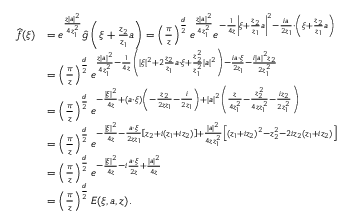
\begin{array} { r l } { \widehat { f } ( \xi ) } & { = e ^ { \frac { z | a | ^ { 2 } } { 4 z _ { 1 } ^ { 2 } } } \hat { g } \left( \xi + \frac { z _ { 2 } } { z _ { 1 } } a \right) = \left( \frac { \pi } { z } \right) ^ { \frac { d } { 2 } } e ^ { \frac { z | a | ^ { 2 } } { 4 z _ { 1 } ^ { 2 } } } e ^ { - \frac { 1 } { 4 z } \left| \xi + \frac { z _ { 2 } } { z _ { 1 } } a \right| ^ { 2 } - \frac { i a } { 2 z _ { 1 } } \cdot \left( \xi + \frac { z _ { 2 } } { z _ { 1 } } a \right) } } \\ & { = \left( \frac { \pi } { z } \right) ^ { \frac { d } { 2 } } e ^ { \frac { z | a | ^ { 2 } } { 4 z _ { 1 } ^ { 2 } } - \frac { 1 } { 4 z } \left( | \xi | ^ { 2 } + 2 \frac { z _ { 2 } } { z _ { 1 } } a \cdot \xi + \frac { z _ { 2 } ^ { 2 } } { z _ { 1 } ^ { 2 } } | a | ^ { 2 } \right) - \frac { i a \cdot \xi } { 2 z _ { 1 } } - \frac { i | a | ^ { 2 } z _ { 2 } } { 2 z _ { 1 } ^ { 2 } } } } \\ & { = \left( \frac { \pi } { z } \right) ^ { \frac { d } { 2 } } e ^ { - \frac { | \xi | ^ { 2 } } { 4 z } + ( a \cdot \xi ) \left( - \frac { z _ { 2 } } { 2 z z _ { 1 } } - \frac { i } { 2 z _ { 1 } } \right) + | a | ^ { 2 } \left( \frac { z } { 4 z _ { 1 } ^ { 2 } } - \frac { z _ { 2 } ^ { 2 } } { 4 z z _ { 1 } ^ { 2 } } - \frac { i z _ { 2 } } { 2 z _ { 1 } ^ { 2 } } \right) } } \\ & { = \left( \frac { \pi } { z } \right) ^ { \frac { d } { 2 } } e ^ { - \frac { | \xi | ^ { 2 } } { 4 z } - \frac { a \cdot \xi } { 2 z z _ { 1 } } \left[ z _ { 2 } + i ( z _ { 1 } + i z _ { 2 } ) \right] + \frac { | a | ^ { 2 } } { 4 z z _ { 1 } ^ { 2 } } \left[ ( z _ { 1 } + i z _ { 2 } ) ^ { 2 } - z _ { 2 } ^ { 2 } - 2 i z _ { 2 } ( z _ { 1 } + i z _ { 2 } ) \right] } } \\ & { = \left( \frac { \pi } { z } \right) ^ { \frac { d } { 2 } } e ^ { - \frac { | \xi | ^ { 2 } } { 4 z } - i \frac { a \cdot \xi } { 2 z } + \frac { | a | ^ { 2 } } { 4 z } } } \\ & { = \left( \frac { \pi } { z } \right) ^ { \frac { d } { 2 } } E ( \xi , a , z ) . } \end{array}